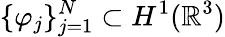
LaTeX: \{ \varphi_{j}\} _{j=1}^{N}\subset H^{1}(\mathbb{R}^{3})